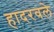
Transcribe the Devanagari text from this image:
हादरवले